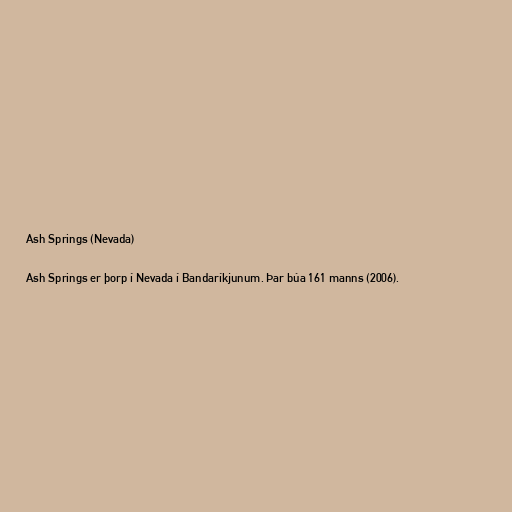
Ash Springs (Nevada)

Ash Springs er þorp í Nevada í Bandaríkjunum. Þar búa 161 manns (2006).